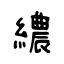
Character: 繷